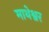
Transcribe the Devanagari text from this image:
माथेश्वर